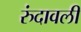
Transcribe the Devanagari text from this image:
रुंदावली